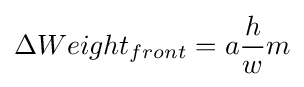
\Delta Weight_{front}=a{\frac {h}{w}}m